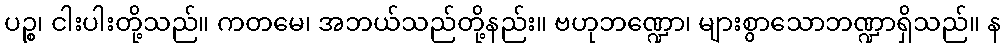
ပဉ္စ၊ ငါးပါးတို့သည်။ ကတမေ၊ အဘယ်သည်တို့နည်း။ ဗဟုဘဏ္ဍော၊ များစွာသောဘဏ္ဍာရှိသည်။ န